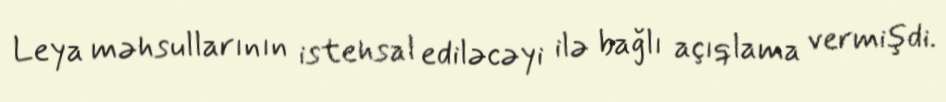
Leya məhsullarının istehsal ediləcəyi ilə bağlı açıqlama vermişdi.